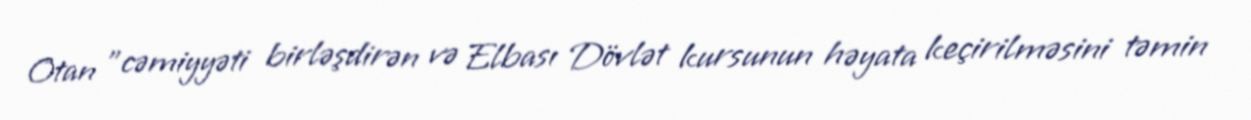
Otan "cəmiyyəti birləşdirən və Elbası Dövlət kursunun həyata keçirilməsini təmin